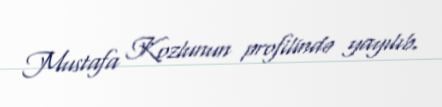
Mustafa Kozlunun profilində yayılıb.